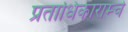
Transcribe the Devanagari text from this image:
प्रताधिकाराम्चे